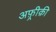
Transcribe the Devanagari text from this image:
अफ़्रीक़ी